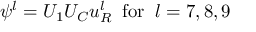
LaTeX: \psi ^ { l } = U _ { 1 } U _ { C } u _ { R } ^ { l } \; \; \mathrm { f o r } \; \; l = 7 , 8 , 9